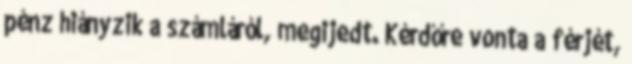
pénz hiányzik a számláról, megijedt. Kérdőre vonta a férjét,